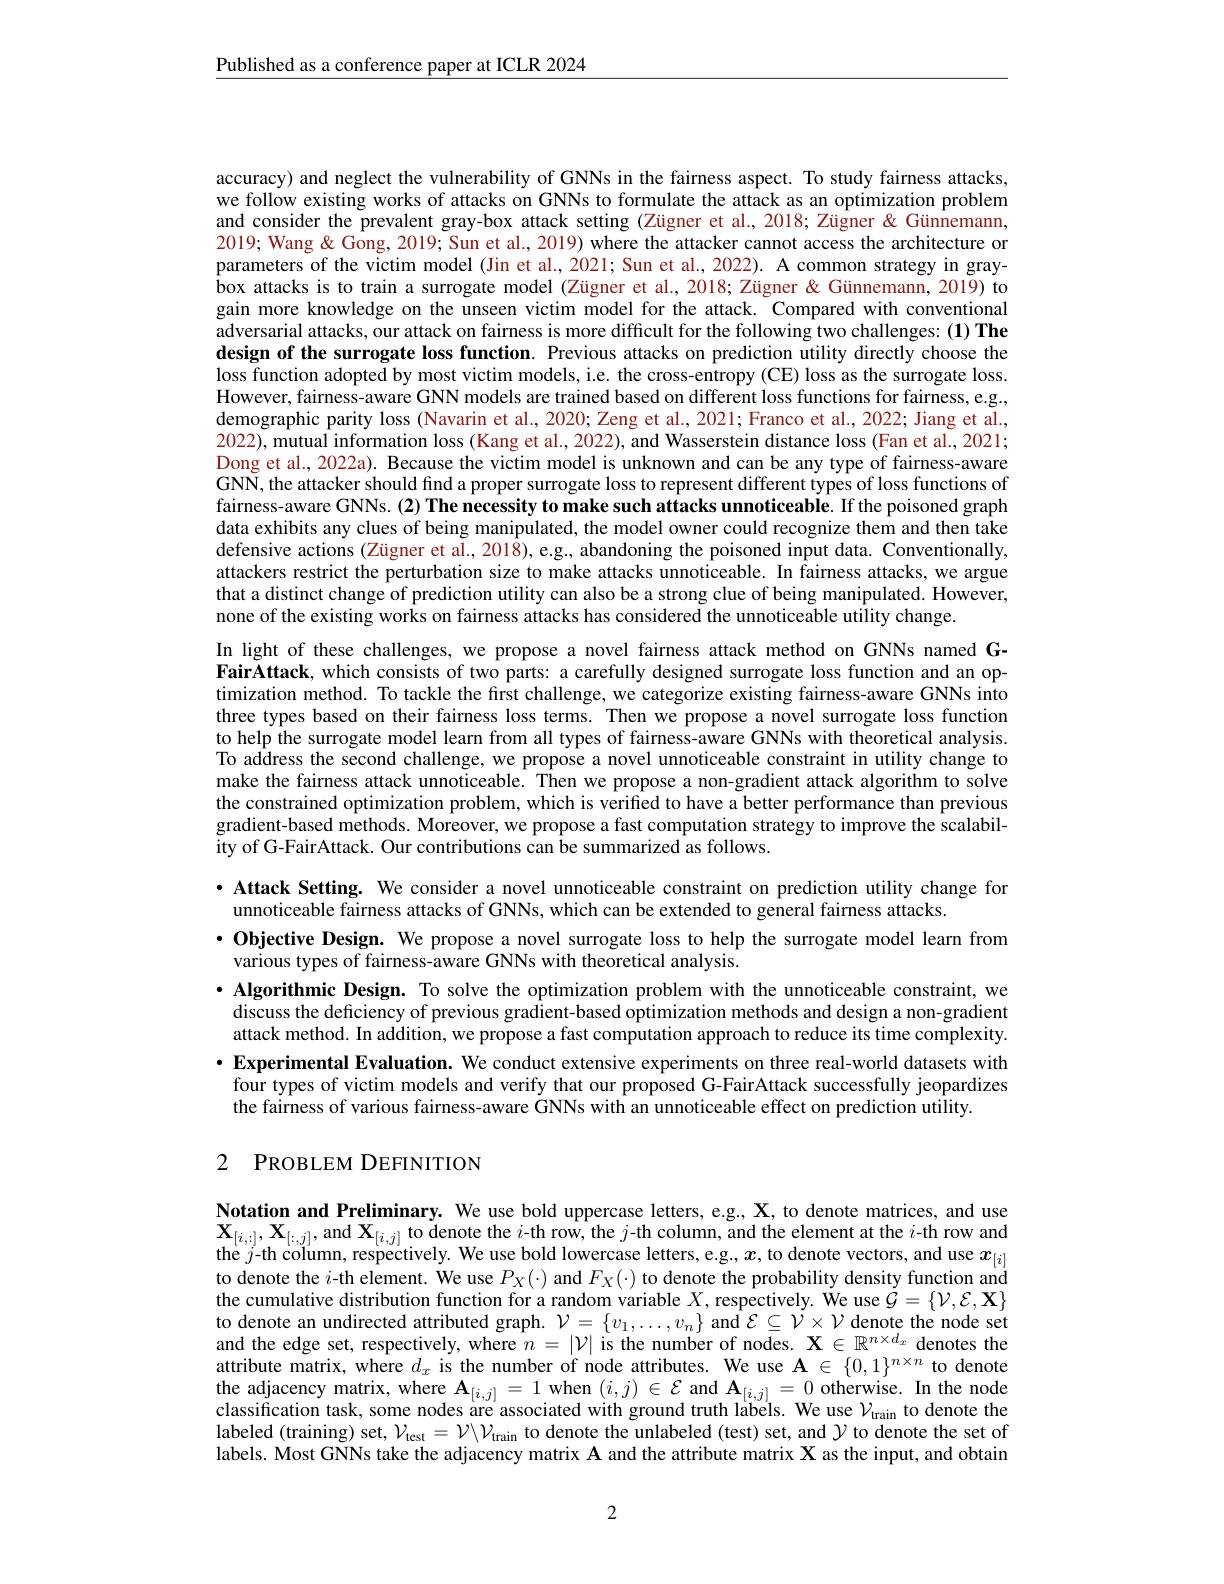
Published as a conference paper at ICLR 2024

accuracy) and neglect the vulnerability of GNNs in the fairness aspect. To study fairness attacks, we follow existing works of attacks on GNNs to formulate the attack as an optimization problem and consider the prevalent gray-box attack setting (Zügner et al., 2018; Zügner &Günnemann, 2019; Wang & Gong, 2019; Sun et al., 2019) where the attacker cannot access the architecture or parameters of the victim model (Jin et al., 2021; Sun et al., 2022). A common strategy in graybox attacks is to train a surrogate model (Zügner et al., 2018; Zügner&Günnemann, 2019) to gain more knowledge on the unseen victim model for the attack. Compared with conventional adversarial attacks, our attack on fairness is more difficult for the following two challenges: (1) The design of the surrogate loss function. Previous attacks on prediction utility directly choose the loss function adopted by most victim models, i.e. the cross-entropy (CE) loss as the surrogate loss. However, fairness-aware GNN models are trained based on different loss functions for fairness, e.g. demographic parity loss (Navarin et al., 2020; Zeng et al., 2021; Franco et al., 2022; Jiang et al., 2022), mutual information loss (Kang et al., 2022), and Wasserstein distance loss (Fan et al., 2021; Dong et al., 2022a). Because the victim model is unknown and can be any type of fairness-aware GNN, the attacker should fnd a proper surrogate loss to represent different types of loss functions of fairness-aware GNNs. (2) The necessity to make such attacks unnoticeable. If the poisoned graph data exhibits any clues of being manipulated, the model owner could recognize them and then take defensive actions (Zügner et al., 2018), e.g., abandoning the poisoned input data. Conventionally, attackers restrict the perturbation size to make attacks unnoticeable. In fairness attacks, we argue that a distinct change of prediction utility can also be a strong clue of being manipulated. However, none of the existing works on fairness attacks has considered the unnoticeable utility change.
In light of these challenges, we propose a novel fairness attack method on GNNs named GFairAttack, which consists of two parts: a carefully designed surrogate loss function and an optimization method. To tackle the first challenge, we categorize existing fairness-aware GNNs into three types based on their fairness loss terms. Then we propose a novel surrogate loss function to help the surrogate model learn from all types of fairness-aware GNNs with theoretical analysis. To address the second challenge, we propose a novel unnoticeable constraint in utility change to make the fairness attack unnoticeable. Then we propose a non-gradient attack algorithm to solve the constrained optimization problem, which is verified to have a better performance than previous gradient-based methods. Moreover, we propose a fast computation strategy to improve the scalability of G-FairAttack. Our contributions can be summarized as follows.
·Attack Setting. We consider a novel unnoticeable constraint on prediction utility change for

unnoticeable fairness attacks of GNNs, which can be extended to general fairness attacks.
$\cdot \textbf{Objective Design. We propose a novel surrogate loss to help the surrogate model learn from}$
various types of fairness-aware GNNs with theoretical analysis.
·Algorithmic Design. To solve the optimization problem with the unnoticeable constraint, we discuss the deficiency of previous gradient-based optimization methods and design a non-gradient attack method. In addition, we propose a fast computation approach to reduce its time complexity. $\cdot$ Experimental Evaluation. We conduct extensive experiments on three real-world datasets with
four types of victim models and verify that our proposed G-FairAttack successfully jeopardizes
the fairness of various fairness-aware $\dot{\text{GNNs with an unnoticeable effect on prediction utility.}}$

## 2 PROBLEM DEFINITION

Notation and Preliminary. We use bold uppercase letters, e.g., X, to denote matrices, and use $\mathbf{X}_{[i,:]},\mathbf{X}_{[:,j]}$,and $\mathbf{X}_{[i,j]}$ to denote the $i$-th row, the $j$-th column, and the element at the $i$-th row and the $j$-th column, respectively. We use bold lowercase letters, e.g., x, to denote vectors, and use $x_[i]$ to denote the $i$-th element. We use $P_X(\cdot)$ and $F_X(\cdot)$ to denote the probability density function and the cumulative distribution function for a random variable $X$, respectively. We use $\mathcal{G}=\{\mathcal{V},\mathcal{E},\mathbf{X}\}$ to denote an undirected attributed graph. $\mathcal{V}=\{v_1,\ldots,v_n\}$ and $\mathcal{E}\subseteq\mathcal{V}\times\mathcal{V}$ denote the node set and the edge set, respectively, where $n=|\mathcal{V}|$ is the number of nodes. $\mathbf{X}\in\mathbb{R}^{n\times d_x}$ denotes the attribute matrix, where $d_x$ is the number of node attributes. We use $\mathbf{A}\in\{0,1\}^{n\times n}$ to denote the adjacency matrix, where $\mathbf{A}_{[i,j]}=1$ when $(i,j)\in\mathcal{E}$ and $\mathbf{A}_{[i,j]}=0$ otherwise. In the node classification task, some nodes are associated with ground truth labels. We use $\mathcal{V}_\mathrm{train}$ to denote the labeled (training) set, $\mathcal{V} _\mathrm{lest}= \mathcal{V} \backslash \mathcal{V} _\mathrm{train}$ to denote the unlabeled (test) set, and $\mathcal{Y}$ to denote the set of labels. Most GNNs take the adjacency matrix $\mathbf{A}$ and the attribute matrix X as the input, and obtain

2